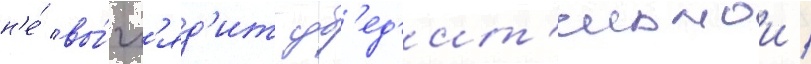
н'е́ вы́гл'яд'ит уб'ед'ит'ельнои /